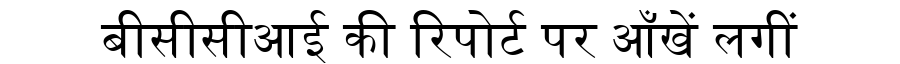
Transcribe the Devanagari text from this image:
बीसीसीआई की रिपोर्ट पर आँखें लगीं